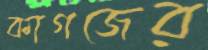
কাগজের